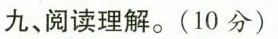
九、阅读理解.(10 分)